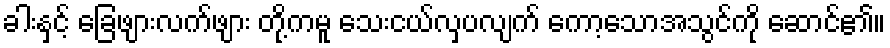
ခါးနှင့် ခြေဖျားလက်ဖျား တို့ကမူ သေးငယ်လှပလျက် ကော့သောအသွင်ကို ဆောင်၏။